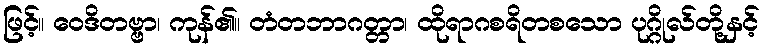
ဖြင့်။ ဝေဒိတဗ္ဗာ၊ ကုန်၏။ တံတဘာဂတ္တာ၊ ထိုရာဂစရိတစသော ပုဂ္ဂိုလ်တို့နှင့်